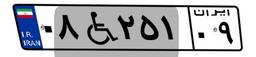
۹۷W۶۰۹۲۷